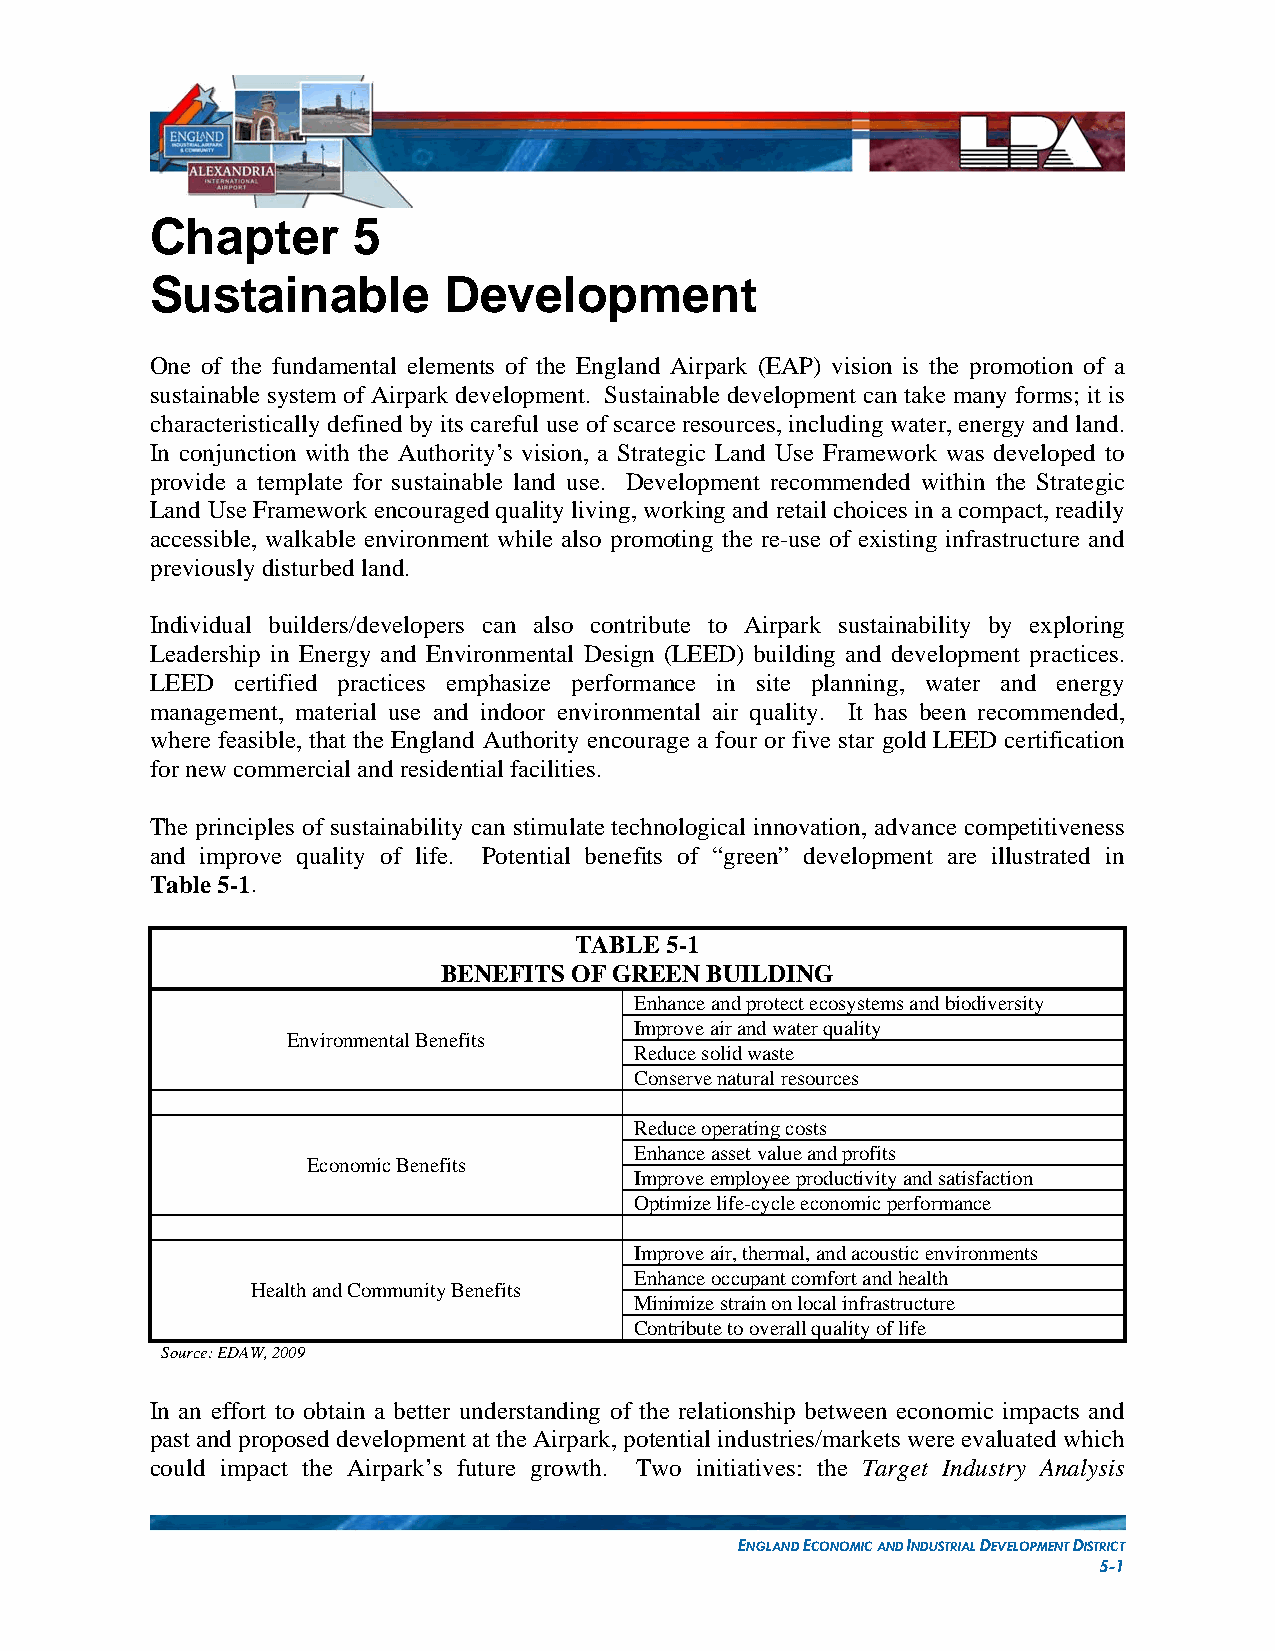
Chapter      5
 Sustainable        Development
 One of the fundamental elements of the England Airpark (EAP) vision is the promotion of a
 sustainable system of Airpark development. Sustainable development can take many forms; it is
 characteristically defined by its careful use of scarce resources, including water, energy and land.
 In conjunction with the Authority’s vision, a Strategic Land Use Framework was developed to
 provide a template for sustainable land use. Development recommended within the Strategic
 Land Use Framework encouraged quality living, working and retail choices in a compact, readily
 accessible, walkable environment while also promoting the re-use of existing infrastructure and
 previously disturbed land.
 Individual builders/developers can also contribute to Airpark sustainability by exploring
 Leadership in Energy and Environmental Design (LEED) building and development practices.
 LEED certified practices emphasize performance in site planning, water and energy
 management, material use and indoor environmental air quality. It has been recommended,
 where feasible, that the England Authority encourage a four or five star gold LEED certification
 for new commercial and residential facilities.
 The principles of sustainability can stimulate technological innovation, advance competitiveness
 and improve quality of life. Potential benefits of “green” development are illustrated in
 Table 5-1.
 TABLE 5-1
 BENEFITS OF GREEN BUILDING
 Enhance and protect ecosystems and biodiversity
 Improve air and water quality
 Environmental Benefits
 Reduce solid waste
 Conserve natural resources
 Reduce operating costs
 Enhance asset value and profits
 Economic Benefits
 Improve employee productivity and satisfaction
 Optimize life-cycle economic performance
 Improve air, thermal, and acoustic environments
 Enhance occupant comfort and health
 Health and Community Benefits
 Minimize strain on local infrastructure
 Contribute to overall quality of life
 Source: EDAW, 2009
 In an effort to obtain a better understanding of the relationship between economic impacts and
 past and proposed development at the Airpark, potential industries/markets were evaluated which
 could impact the Airpark’s future growth. Two initiatives: the Target Industry Analysis
 ENGLAND ECONOMIC AND INDUSTRIAL DEVELOPMENT DISTRICT
 5-1